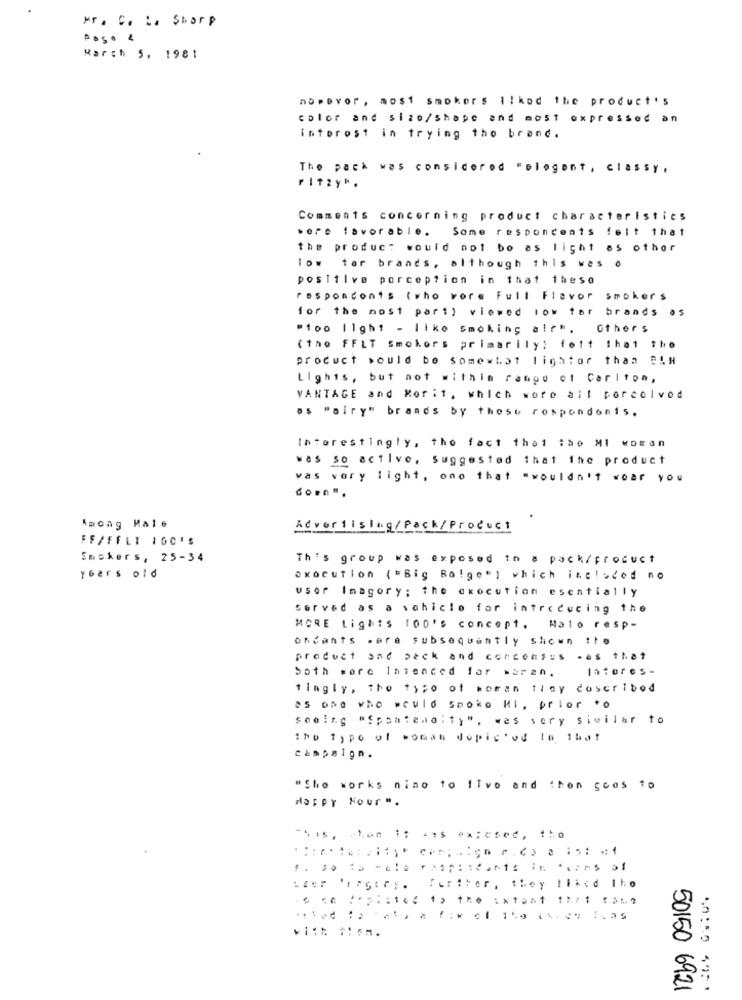
Mr. C. L. Sharp
Paso 4
March 5, 1981
nopevor , most smokers ilkod the product's
color and size/shape and most expressed an
Intorost in trying tho brand.
The pack was considered "ologont, classy ,
ritzy".
Comments concerning product characteristics
wore favorable .
Some responcents felt that
the product would not bo as light as other
tor brands, although this was o
posTilve porception in that these
responconts ( who vore Full Flavor
smokers
for the most part) viewed low tor brands as
"too 11ght - Ilko Smoking alr".
Others
(tho FFLT Smokors primarily; felt that the
product would be somewhat lightor thaa BAH
Lights, but not within rango ot Carlton,
VANTAGE and Morit, which wore ail porcelvod
os "airy" brands by those respondonis.
Interestingly, the fact that iho MI woman
was so active, suggested that the product
was very light, ono that "wouldn't woar you
down".
Among Male
Advoriising/Pack/Product
FF/FFLE 160'S
Smokers, 25-34
This group was exposed to a pack/product
years old
axocution ( "Big Ba!ge") which included no
usor Imagory; the execution esentially
served as a vehicle for introducing the
MORE Lights 100's concept. Halo resp-
ohcants were subsequently shown the
product and pack and concensus .es that
both wore Intended far waren.
latores-
tingly, the ty;o of woman they doscribed
as ond who would smoko Hl, prior *o
seeing "fpontemaity" , was very similar to
the type of woman dopic'od In that
campaign.
"She works nino to Ilve and then goes io
Happy Hour ".
Further, they liked the
50150 6921